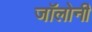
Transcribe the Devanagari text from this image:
जॉलोनी